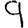
Digit: 9